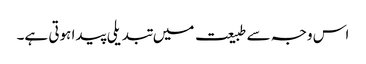
اس وجہ سے طبیعت میں تبدیلی پیدا ہوتی ہے۔